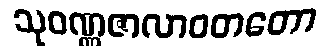
သုဝဏ္ဏဇာလာဝတတော